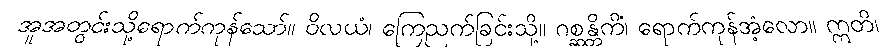
အူအတွင်းသို့ရောက်ကုန်သော်။ ဝိလယံ၊ ကြေညက်ခြင်းသို့။ ဂစ္ဆန္တိကိံ၊ ရောက်ကုန်အံ့လော။ ဣတိ၊